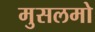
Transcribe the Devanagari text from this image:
मुसलमो